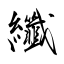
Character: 纖